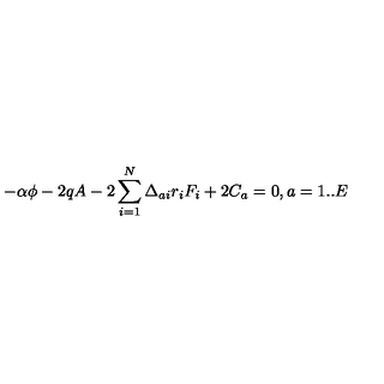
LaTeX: - \alpha \phi - 2 q A - 2 \sum _ { i = 1 } ^ { N } \Delta _ { a i } r _ { i } F _ { i } + 2 C _ { a } = 0 , a = 1 . . E